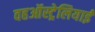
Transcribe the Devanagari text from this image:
वहऑस्ट्रेलियाई